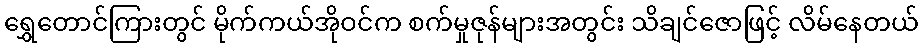
ရွှေတောင်ကြားတွင် မိုက်ကယ်အိုဝင်က စက်မှုဇုန်များအတွင်း သိချင်ဇောဖြင့် လိမ်နေတယ်